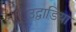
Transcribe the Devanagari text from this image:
उद्वाडिया